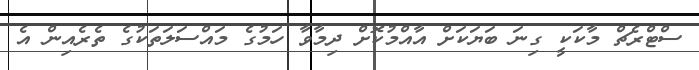
ސްޓްރެޗް މާކަކީ ގިނަ ބަޔަކަށް އާއްމުކޮށް ދިމާވާ ހަމުގެ މައްސަލަތަކުގެ ތެރެއިން އެ